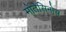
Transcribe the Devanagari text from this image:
मोंतेसिनोस